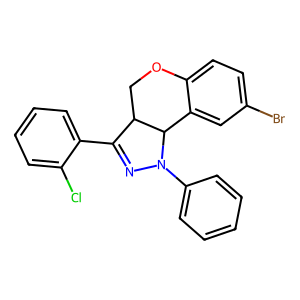
SMILES: Clc1ccccc1C1=NN(c2ccccc2)C2c3cc(Br)ccc3OCC12
Inhibits HIV replication: No